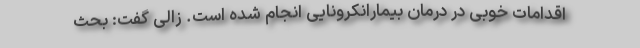
اقدامات خوبی در درمان بیمارانکرونایی انجام شده است. زالی گفت: بحث